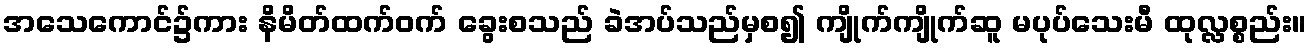
အသေကောင်၌ကား နိမိတ်ထက်ဝက် ခွေးစသည် ခဲအပ်သည်မှစ၍ ကျိုက်ကျိုက်ဆူ မပုပ်သေးမီ ထုလ္လစ္စည်း။